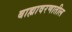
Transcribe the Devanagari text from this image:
बाह्यावरणातील